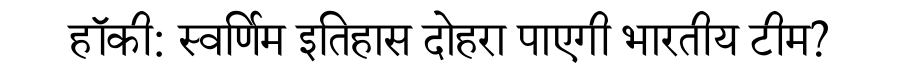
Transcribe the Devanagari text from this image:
हॉकी: स्वर्णिम इतिहास दोहरा पाएगी भारतीय टीम?